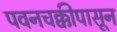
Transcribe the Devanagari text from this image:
पवनचक्कीपासून